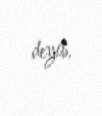
deyib.